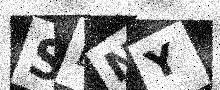
Text: SENY